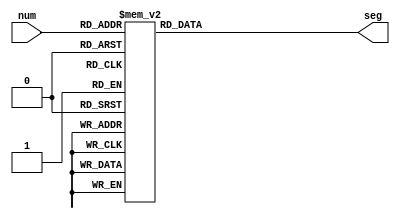
// 7-segment encoding
//      0
//     ---
//  5 |   | 1
//     --- <--6
//  4 |   | 2
//     ---
//      3
module sevenSeg(
    input [3:0]num,
    output reg [6:0]seg
    );
always @(num)
begin
      case (num)
          4'b0001 : seg = 7'b1111101;   // 1
          4'b0010 : seg = 7'b1111011;   // 2
          4'b0011 : seg = 7'b1110111;   // 3
          4'b0100 : seg = 7'b1101111;   // 4
          4'b0101 : seg = 7'b1011111;   // 5
          4'b0110 : seg = 7'b0111111;   // 6
          4'b0111 : seg = 7'b1111000;   // 7
          4'b1000 : seg = 7'b0000000;   // 8
          4'b1001 : seg = 7'b0010000;   // 9
          4'b1010 : seg = 7'b0001000;   // A
          4'b1011 : seg = 7'b0000011;   // b
          4'b1100 : seg = 7'b1000110;   // C
          4'b1101 : seg = 7'b0100001;   // d
          4'b1110 : seg = 7'b0000110;   // E
          4'b1111 : seg = 7'b0001110;   // F
          default : seg = 7'b1111110;   // 0
      endcase
      end
     endmodule